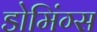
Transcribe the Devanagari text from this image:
डोमिंग्स